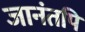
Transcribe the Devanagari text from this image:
जानंतपि